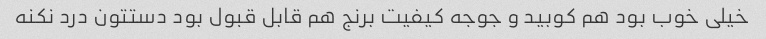
خیلی خوب بود هم کوبید و جوجه کیفیت برنج هم قابل قبول بود دستتون درد نکنه